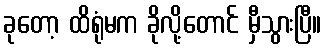
ခုတော့ ထိရုံမက ခိုလို့တောင် မှီသွားပြီ။